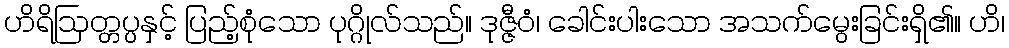
ဟိရိဩတ္တပ္ပနှင့် ပြည့်စုံသော ပုဂ္ဂိုလ်သည်။ ဒုဇ္ဇီဝံ၊ ခေါင်းပါးသော အသက်မွေးခြင်းရှိ၏။ ဟိ၊